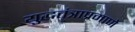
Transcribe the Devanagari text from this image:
युद्धतंत्राप्रमाणे